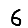
Digit: 6